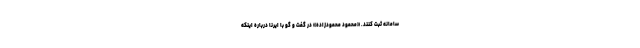
سامانه ثبت کنند. «محمود محمودزاده» در گفت و گو با ایرنا درباره اینکه